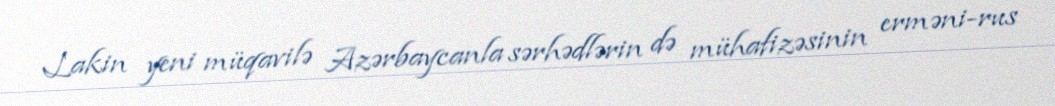
Lakin yeni müqavilə Azərbaycanla sərhədlərin də mühafizəsinin erməni-rus